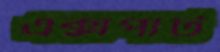
এক্সপার্ট